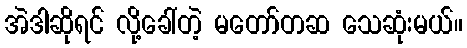
အဲဒါဆိုရင် လို့ခေါ်တဲ့ မတော်တဆ သေဆုံးမယ်။